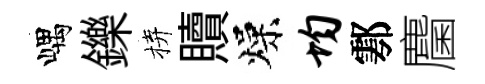
嵎鑠拚贖燥均鄠麕